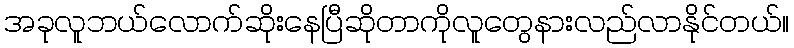
အခုလူဘယ်လောက်ဆိုးနေပြီဆိုတာကိုလူတွေနားလည်လာနိုင်တယ်။